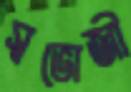
স্বভোজী